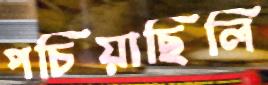
পচিয়াছিলি